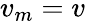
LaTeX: v_{m}=v